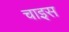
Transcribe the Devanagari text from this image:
चाइस